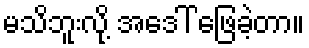
မသိဘူးလို့ အဒေါ် ဖြေခဲ့တာ။